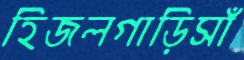
হিজলগাড়িসাঁ